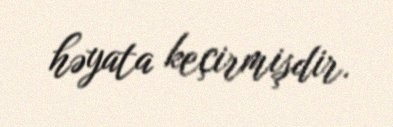
həyata keçirmişdir.